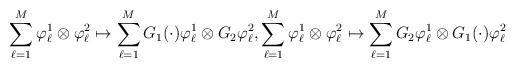
LaTeX: \begin{align*} \sum\limits_{\ell=1}^{M} \varphi_\ell^1 \otimes \varphi_\ell^2 \mapsto \sum\limits_{\ell=1}^{M} G_1(\cdot) \varphi_\ell^1 \otimes G_2 \varphi_\ell^2, \sum\limits_{\ell=1}^{M} \varphi_\ell^1 \otimes \varphi_\ell^2 \mapsto \sum\limits_{\ell=1}^{M} G_2 \varphi_\ell^1 \otimes G_1(\cdot) \varphi_\ell^2 \end{align*}